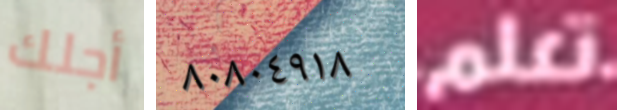
أجلك ٨٠٨٠٤٩١٨ تعلم